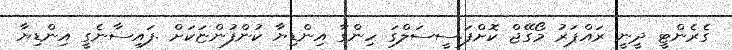
ގެރެންޓީ ދީނީ ރައްޕަރު މޯގޭޖް ކޮށްފަ.ސީސަލްގަ ހިންގާ އިންޑިޔާ ކުންފުންޏަކަށް .ފައިސާނެގީ އިންޑިޔާ